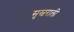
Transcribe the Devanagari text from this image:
सुस्वराली